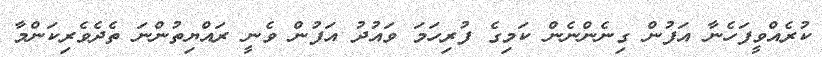
ކުރެއްވީފަހެނާ އަފުން ގިނެންނެން ކަމިގެ ފުރިހަމަ ވައުދު އަފުން ވެނީ ރައްޔިތުންނަ ތެދެވެރިކަންމާ